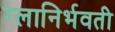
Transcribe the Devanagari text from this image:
ग्लानिर्भवती